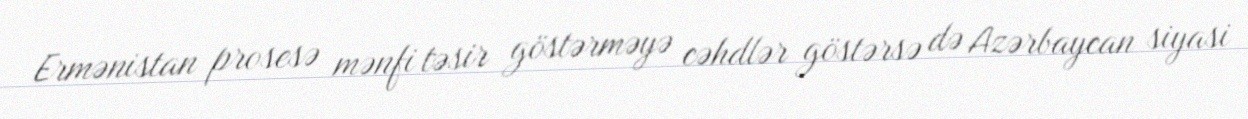
Ermənistan prosesə mənfi təsir göstərməyə cəhdlər göstərsə də Azərbaycan siyasi